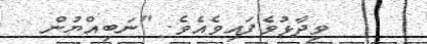
ވިދާޅުވެފައިވެއެވެ. "ނަބިއްޔުން